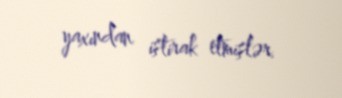
yaxından iştirak etmişlər.